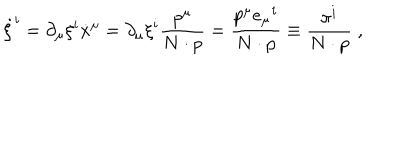
LaTeX: \dot { \xi } ^ { i } = \partial _ { \mu } \xi ^ { i } \dot { x } ^ { \mu } = \partial _ { \mu } \xi ^ { i } \frac { p ^ { \mu } } { N \cdot p } = \frac { p ^ { \mu } e _ { \mu } ^ { \; \; i } } { N \cdot p } \equiv \frac { \pi ^ { i } } { N \cdot p } \; ,